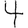
Digit: 4